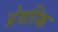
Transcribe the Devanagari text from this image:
प्रेडरिक